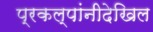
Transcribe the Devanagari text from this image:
प्रकल्पांनीदेखिल